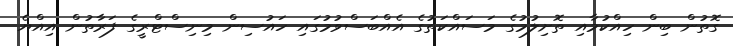
ގޮތުން ބިން ހިއްކުމާއި ތޮށިލުމުގެ މަސައްކަތުގެ އެއްބަސްވުމުގައި ހައުސިން މިނިސްޓްރީގެ ފަރާތުން އިއްޔެ